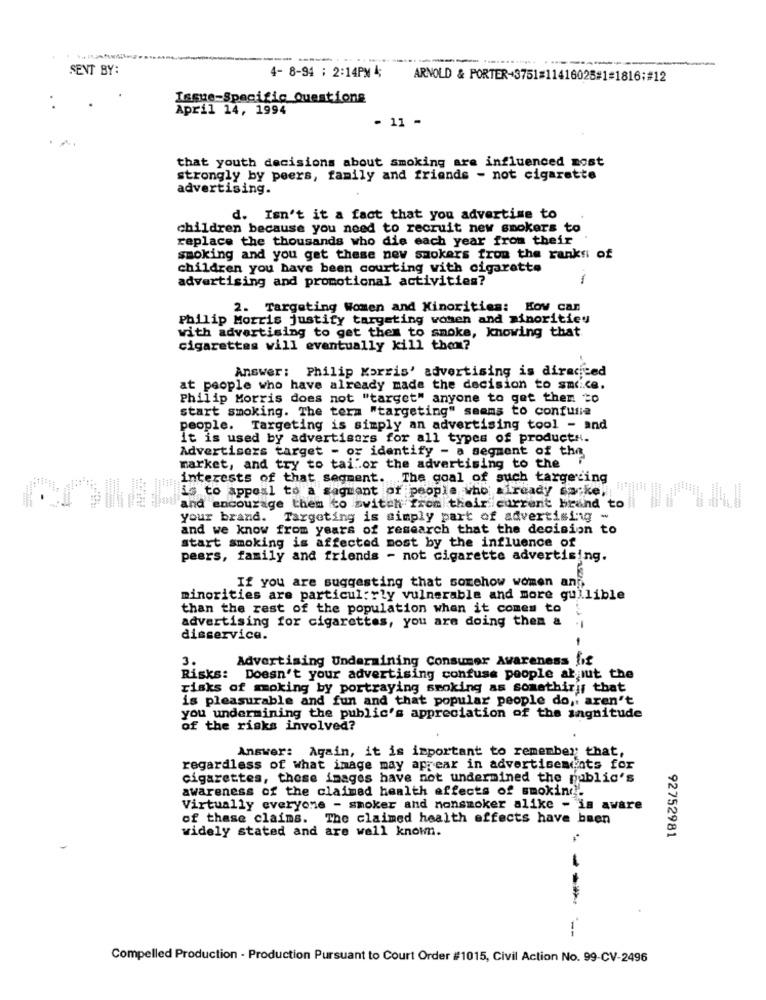
SENT BY:
4- 8-94 : 2:14PM 4;
ARNOLD & PORTER-3751=11416025#1#1816;#12
Issue-Specific Questions
April 14, 1994
- 11 -
that youth decisions about smoking are influenced most
strongly by peers, family and friends - not cigarette
advertising.
d. Isn't it a fact that you advertise to
children because you need to recruit new smokers to
replace the thousands who die each year from their
smoking and you get these new smokers from the ranks of
children you have been courting with cigarette
advertising and promotional activities?
1
2. Targeting Women and Minorities: How can
Philip Morris justify targeting women and minorities
with advertising to get them to smoke, knowing that
cigarettes will eventually kill thom?
Answer: Philip Morris' advertising is directed
at people who have already made the decision to succe.
Philip Morris does not "target" anyone to get them to
start smoking. The term "targeting" seems to confusa
people. Targeting is simply an advertising tool - and
It is used by advertisers for all types of products.
Advertisers target - or identify - a segment of the
market, and try to tailor the advertising to the
interests of that segment. The goal of such targeting
* |||||> co appeal to a sagment of people who already sacke!
and encourage them to switch from their current brund to ll
your brand. Targeting is simply part of advertising -
and we know from years of research that the decision to
start smoking is affected most by the influence of
peers, family and friends - not cigarette advertising.
If you are suggesting that somehow women ang
minorities are particul; rly vulnerable and more gullible
than the rest of the population when it comes to
advertising for cigarettes, you are doing then & .|
disservice.
3.
Advertising Undermining Consumer Awareness lif
Risks: Doesn't your advertising confuse people at,ut the
risks of smoking by portraying smoking as somethiris that
is pleasurable and fun and that popular people do, aren't
you undermining the public's appreciation of the ingnitude
of the risks involved?
Answer: Again, it is important to remember that,
regardless of what image may appear in advertisements for
cigarettes, these images have not undermined the public's
awareness of the claimed health effects of smoking.
Virtually everyone - smoker and nonsmoker alike - is aware
of these claims. The claimed health effects have been
widely stated and are well known.
92752981
---
Compelled Production - Production Pursuant to Court Order #1015, Civil Action No. 99-CV-2496